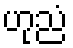
ဟုညံ